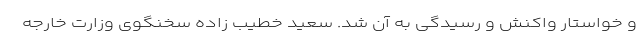
و خواستار واکنش و رسیدگی به آن شد. سعید خطیب زاده سخنگوی وزارت خارجه